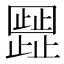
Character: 𬆐